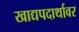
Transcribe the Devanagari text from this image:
खाद्यपदार्थावर